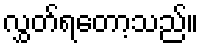
လွှတ်ရတော့သည်။